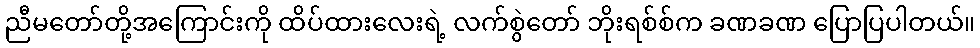
ညီမတော်တို့အကြောင်းကို ထိပ်ထားလေးရဲ့ လက်စွဲတော် ဘိုးရစ်စ်က ခဏခဏ ပြောပြပါတယ်။